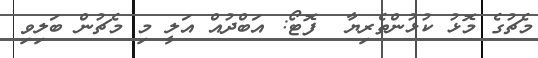
މެޗުގެ މޮޅު ކުޅުންތެރިޔާ  ފޮޓޯ: އަބްދުއް އަލީ މި މެޗުން ބަލިވި